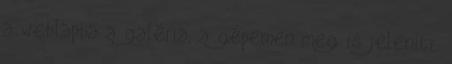
a weblapba a galéria, a gépemen meg is jeleníti,